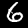
Digit: 6